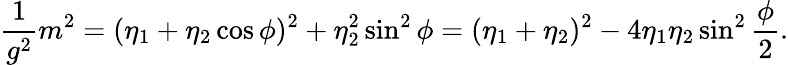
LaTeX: \frac{1}{g^{2}}m^{2}=(\eta_{1}+\eta_{2}\cos\phi)^{2}+\eta_{2}^{2}\sin^{2}\phi=(\eta_{1}+\eta_{2})^{2}-4\eta_{1}\eta_{2}\sin^{2}\frac{\phi}{2}.